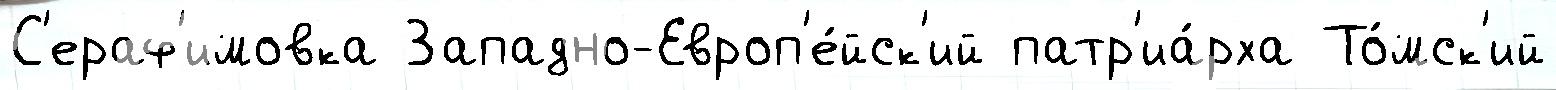
С'ераф'имовка Западно-Европ'е́йск'ий патр'иа́рха То́мск'ий